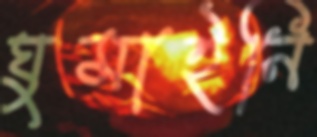
ঘুমাইনি